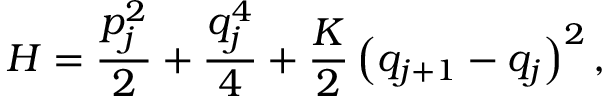
H = \frac { p _ { j } ^ { 2 } } { 2 } + \frac { q _ { j } ^ { 4 } } { 4 } + \frac { K } { 2 } \left( q _ { j + 1 } - q _ { j } \right) ^ { 2 } ,